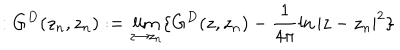
: G ^ { D } ( z _ { n } , z _ { n } ) : = \lim _ { z \to z _ { n } } \{ G ^ { D } ( z , z _ { n } ) - \frac { 1 } { 4 \pi } \ln | z - z _ { n } | ^ { 2 } \}